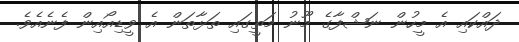
ދައްކައި އެ މީހުން ނަޝްފާގެ މޫނު މަތީގައި ތަޅާތަން އެ ވީޑިއޯއިން ފެނެއެވެ.